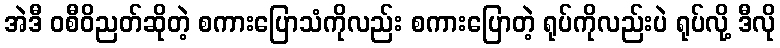
အဲဒီ ဝစီဝိညတ်ဆိုတဲ့ စကားပြောသံကိုလည်း စကားပြောတဲ့ ရုပ်ကိုလည်းပဲ ရုပ်လို့ ဒီလို